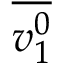
\overline { { v _ { 1 } ^ { 0 } } }